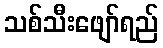
သစ်သီးဖျော်ရည်